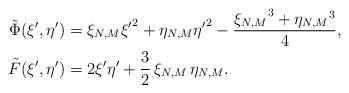
LaTeX: \begin{align*}\tilde{\Phi}(\xi',\eta') & = \xi_{N,M} {\xi'}^2 + \eta_{N,M} {\eta'}^2 - \frac{{\xi_{N,M}}^3 +{\eta_{N,M}}^3}{4},\\\tilde{F}(\xi',\eta') & = 2 \xi' \eta' + \frac{3}{2} \, \xi_{N,M} \, \eta_{N,M}.\end{align*}